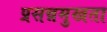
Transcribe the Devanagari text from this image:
प्रसन्नमुखता